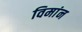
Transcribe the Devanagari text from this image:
विमांन